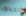
تتناول